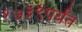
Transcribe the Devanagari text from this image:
१७३९पर्यंत